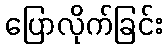
ပြောလိုက်ခြင်း